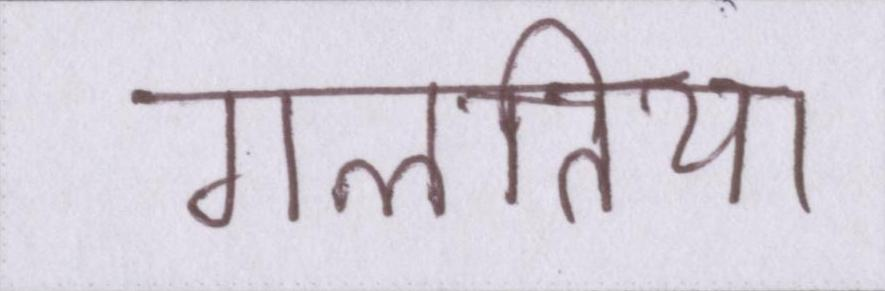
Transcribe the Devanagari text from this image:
गलतिया